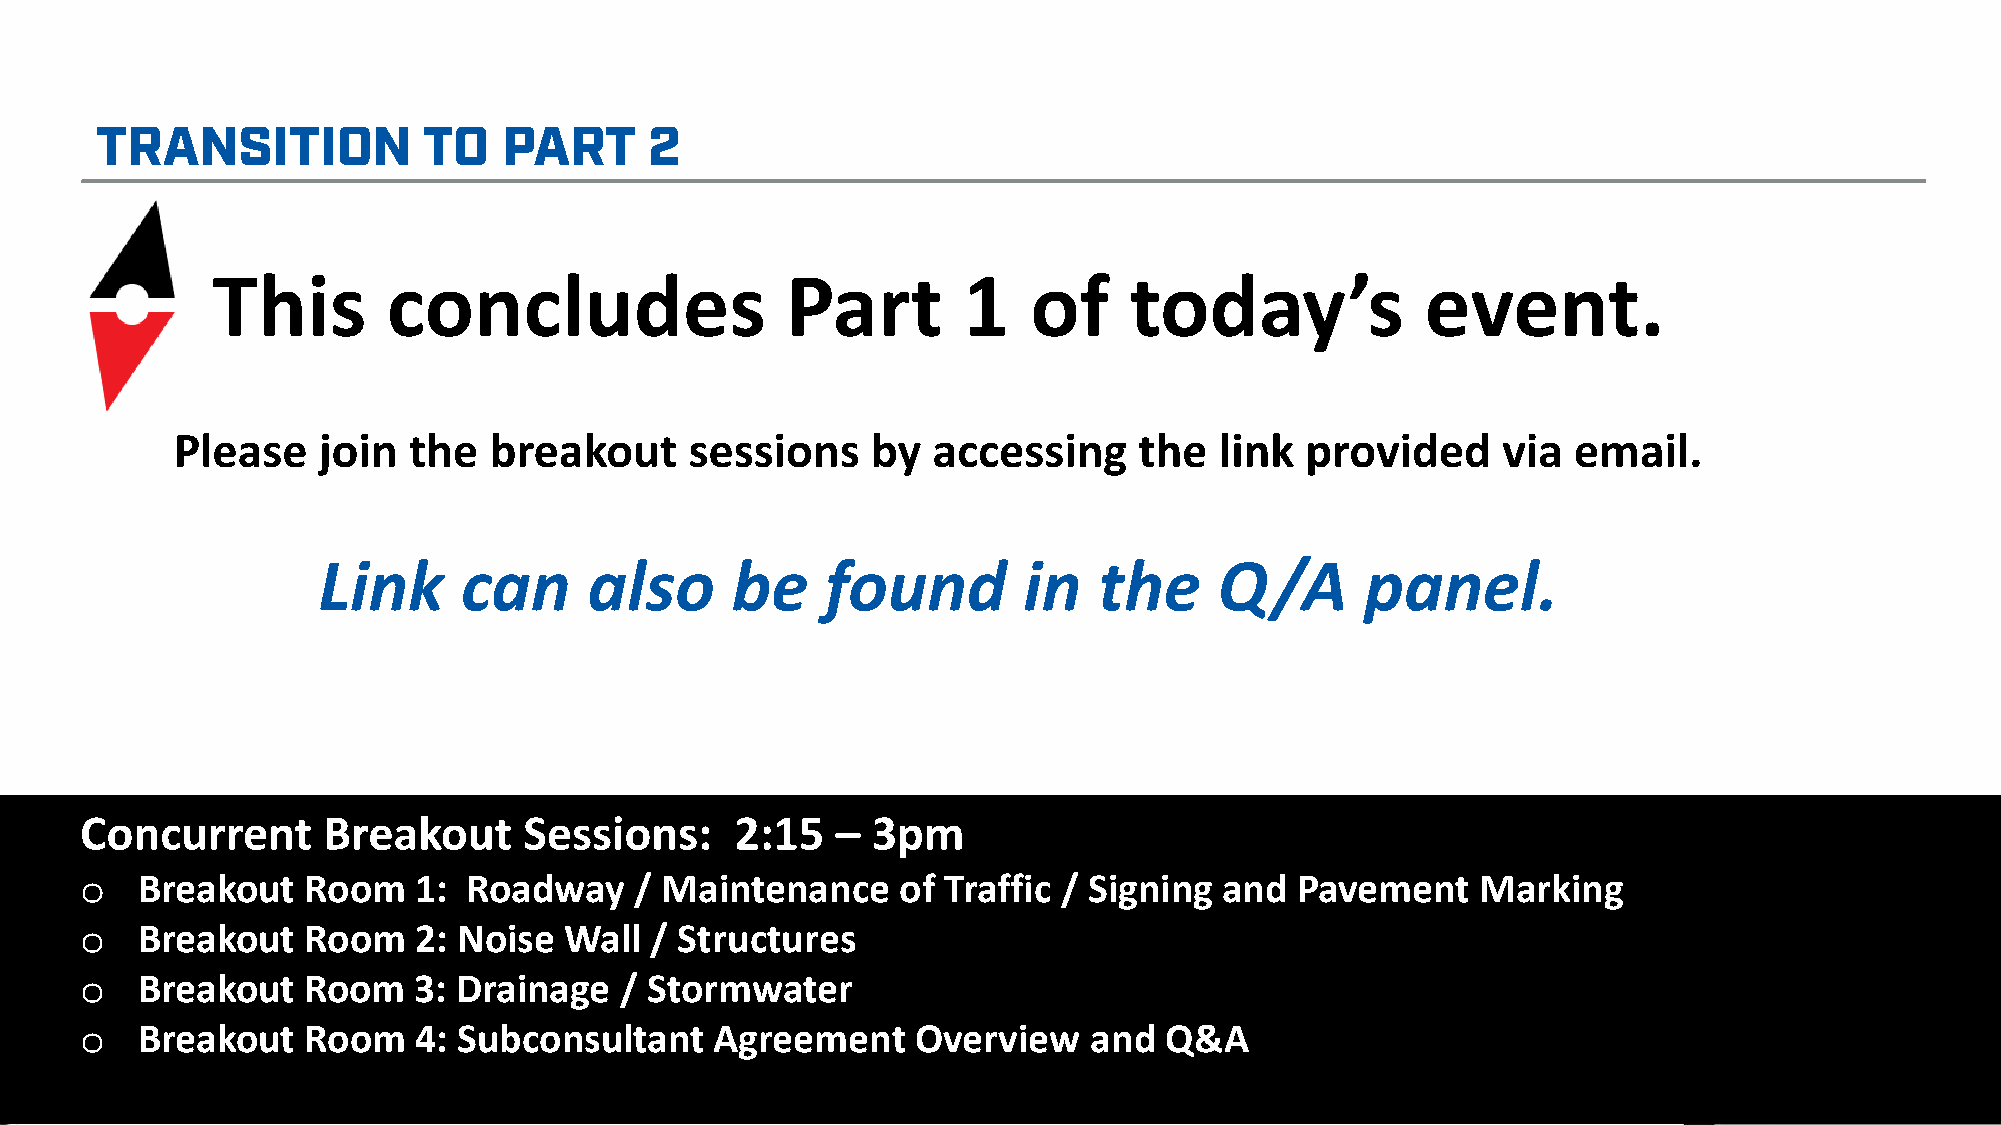
This        concludes                 Part        1   of     today’s            event.
 Please    join  the  breakout      sessions    by  accessing    the   link provided     via  email.
 Link      can     also     be     found        in   the     Q/A      panel.
 Concurrent      Breakout      Sessions:     2:15  –  3pm
 o   Breakout   Room   1:  Roadway    / Maintenance     of Traffic / Signing and  Pavement    Marking
 o   Breakout   Room   2: Noise  Wall  / Structures
 o   Breakout   Room   3: Drainage   / Stormwater
 o   Breakout   Room   4: Subconsultant    Agreement     Overview   and  Q&A
 47
 THE SOUTHEAST CONNECTOR PROJECT